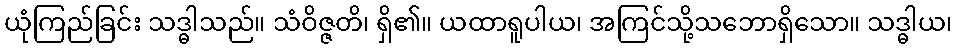
ယုံကြည်ခြင်း သဒ္ဓါသည်။ သံဝိဇ္ဇတိ၊ ရှိ၏။ ယထာရူပါယ၊ အကြင်သို့သဘောရှိသော။ သဒ္ဓါယ၊